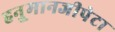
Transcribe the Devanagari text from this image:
हनु्मानजीपेटा